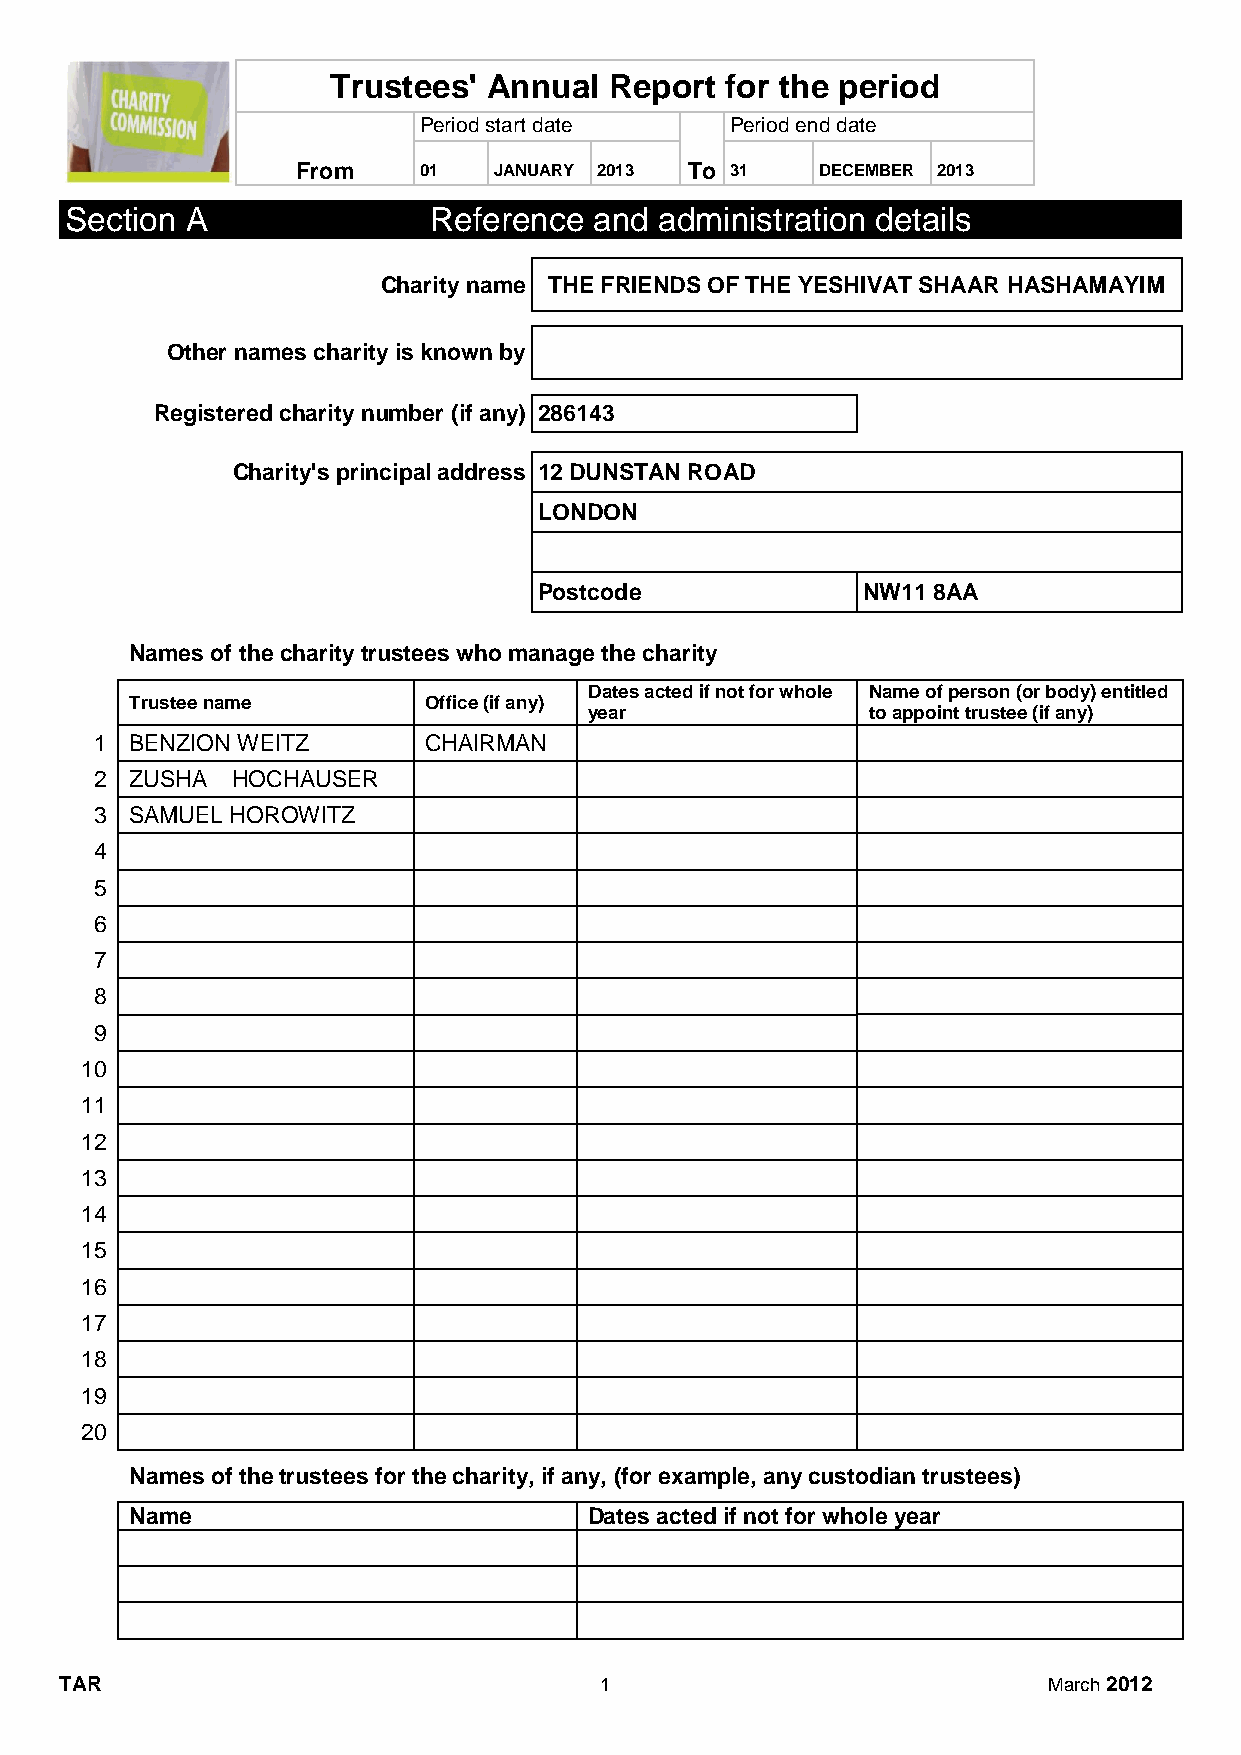
Trustees' Annual  Report  for the period
 Period start date   Period end date
 From    01   JANUARY 2013 To 31   DECEMBER 2013
 Section A               Reference  and  administration details
 Charity name THE FRIENDS OF THE YESHIVAT SHAAR HASHAMAYIM
 Other names charity is known by
 Registered charity number (if any) 286143
 Charity's principal address 12 DUNSTAN ROAD
 LONDON
 Postcode             NW11 8AA
 Names of the charity trustees who manage the charity
 Dates acted if not for whole Name of person (or body) entitled
 Trustee name       Office (if any)
 year              to appoint trustee (if any)
 1  BENZION WEITZ      CHAIRMAN
 2  ZUSHA HOCHAUSER
 3  SAMUEL HOROWITZ
 4
 5
 6
 7
 8
 9
 10
 11
 12
 13
 14
 15
 16
 17
 18
 19
 20
 Names of the trustees for the charity, if any, (for example, any custodian trustees)
 Name                          Dates acted if not for whole year
 TAR                                 1                            March 2012